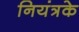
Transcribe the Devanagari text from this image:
नियंत्रके